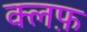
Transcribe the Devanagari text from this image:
क्लफ़